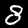
Label: 8